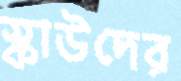
স্কাউদের